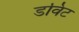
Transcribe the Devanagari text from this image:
डविट